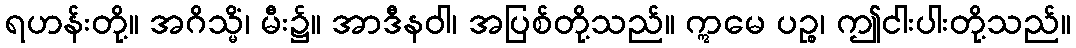
ရဟန်းတို့။ အဂိသ္မိံ၊ မီး၌။ အာဒီနဝါ၊ အပြစ်တို့သည်။ ဣမေ ပဉ္စ၊ ဤငါးပါးတို့သည်။